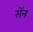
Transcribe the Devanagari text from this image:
सेंन